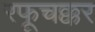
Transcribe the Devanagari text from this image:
रफूचक्कर